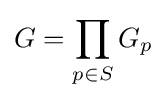
G=\prod _{p\in S}G_{p}